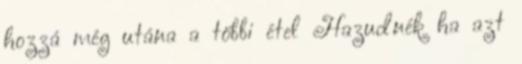
hozzá még utána a többi étel Hazudnék ha azt